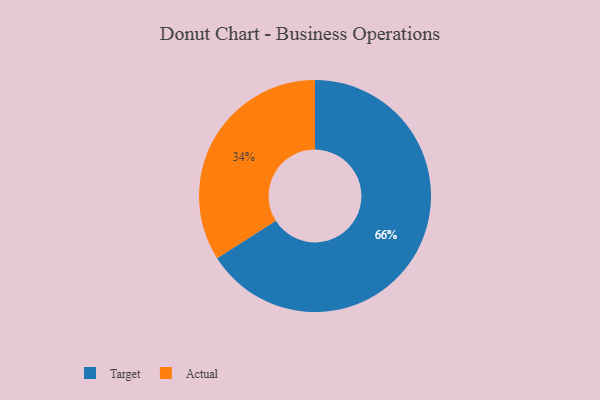
{"axis": {"x": "Category", "y": "Percentage"}, "legend": ["Actual", "Target"], "data": [{"x": "Target", "y": 66, "type": "Target"}, {"x": "Actual", "y": 34, "type": "Actual"}]}